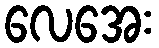
လေအေး